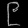
Digit: ၉